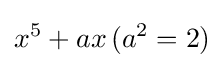
x^{5}+ax\,(a^{2}=2)